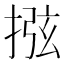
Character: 𢮂